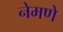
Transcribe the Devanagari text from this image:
नेमणे